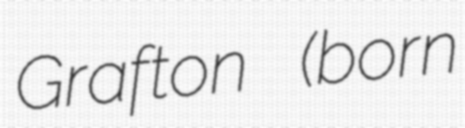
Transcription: Grafton (born